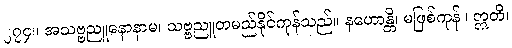
၂၇၄။ အသဗ္ဗညူနောနာမ၊ သဗ္ဗညူတမည်နိုင်ကုန်သည်။ နဟောန္တိ၊ မဖြစ်ကုန်။ ဣတိ၊